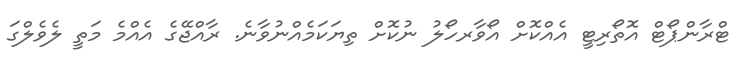
ޓްރާންޕޯޓް އޮތޯރިޓީ އެއްކޮށް އޯވާރހޯލު ނުކޮށް ތިޔަކަމެއްނުވާނެ. ރާއްޖޭގެ އެއްމެ މަތީ ލެވެލްގަ